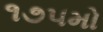
૧૭૫મો